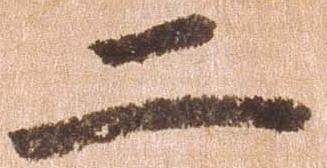
二